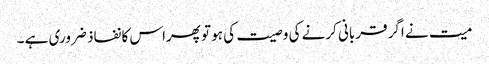
میت نے اگر قربانی کرنے کی وصیت کی ہو تو پھراس کا نفاذ ضروری ہے ۔